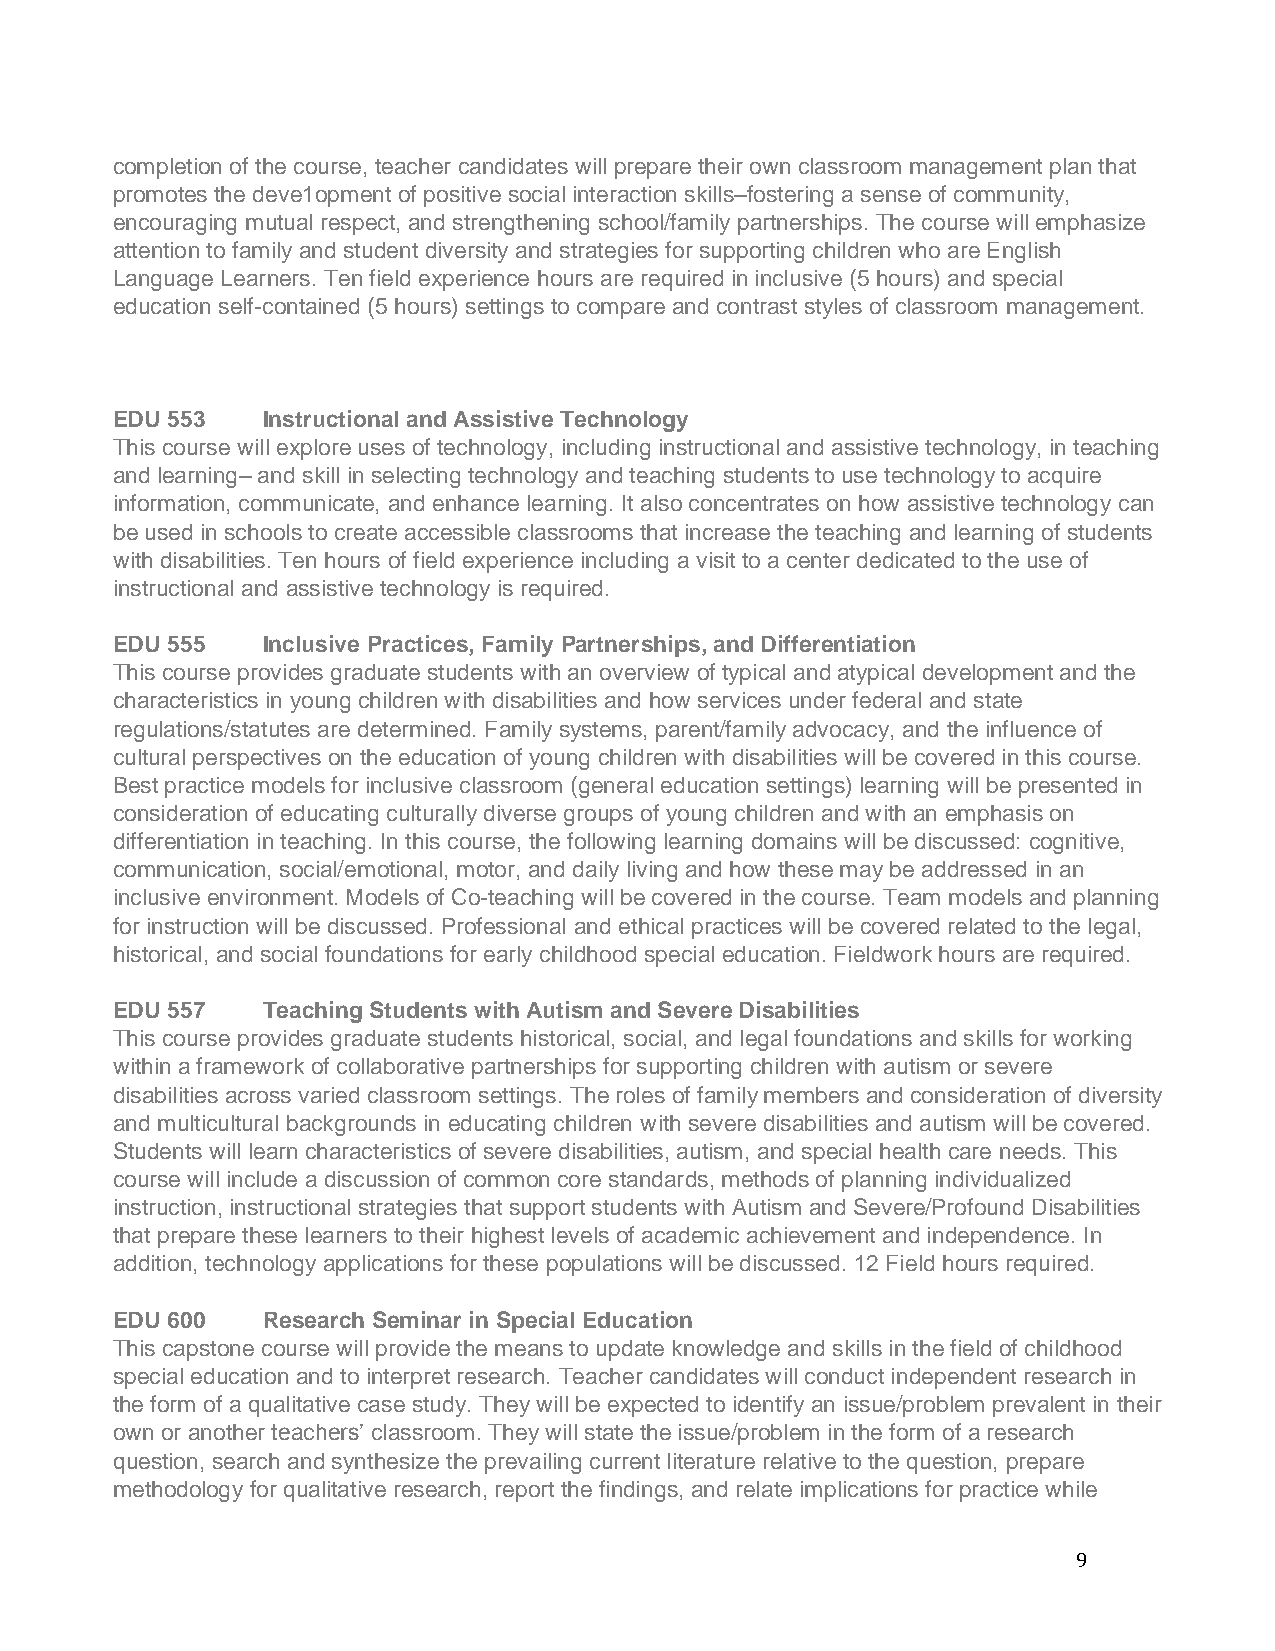
completion of the course, teacher candidates will prepare their own classroom management plan that
 promotes the deve1opment of positive social interaction skills–fostering a sense of community,
 encouraging mutual respect, and strengthening school/family partnerships. The course will emphasize
 attention to family and student diversity and strategies for supporting children who are English
 Language Learners. Ten field experience hours are required in inclusive (5 hours) and special
 education self-contained (5 hours) settings to compare and contrast styles of classroom management.
 EDU 553   Instructional and Assistive Technology
 This course will explore uses of technology, including instructional and assistive technology, in teaching
 and learning– and skill in selecting technology and teaching students to use technology to acquire
 information, communicate, and enhance learning. It also concentrates on how assistive technology can
 be used in schools to create accessible classrooms that increase the teaching and learning of students
 with disabilities. Ten hours of field experience including a visit to a center dedicated to the use of
 instructional and assistive technology is required.
 EDU 555   Inclusive Practices, Family Partnerships, and Differentiation
 This course provides graduate students with an overview of typical and atypical development and the
 characteristics in young children with disabilities and how services under federal and state
 regulations/statutes are determined. Family systems, parent/family advocacy, and the influence of
 cultural perspectives on the education of young children with disabilities will be covered in this course.
 Best practice models for inclusive classroom (general education settings) learning will be presented in
 consideration of educating culturally diverse groups of young children and with an emphasis on
 differentiation in teaching. In this course, the following learning domains will be discussed: cognitive,
 communication, social/emotional, motor, and daily living and how these may be addressed in an
 inclusive environment. Models of Co-teaching will be covered in the course. Team models and planning
 for instruction will be discussed. Professional and ethical practices will be covered related to the legal,
 historical, and social foundations for early childhood special education. Fieldwork hours are required.
 EDU 557   Teaching Students with Autism and Severe Disabilities
 This course provides graduate students historical, social, and legal foundations and skills for working
 within a framework of collaborative partnerships for supporting children with autism or severe
 disabilities across varied classroom settings. The roles of family members and consideration of diversity
 and multicultural backgrounds in educating children with severe disabilities and autism will be covered.
 Students will learn characteristics of severe disabilities, autism, and special health care needs. This
 course will include a discussion of common core standards, methods of planning individualized
 instruction, instructional strategies that support students with Autism and Severe/Profound Disabilities
 that prepare these learners to their highest levels of academic achievement and independence. In
 addition, technology applications for these populations will be discussed. 12 Field hours required.
 EDU 600   Research Seminar in Special Education
 This capstone course will provide the means to update knowledge and skills in the field of childhood
 special education and to interpret research. Teacher candidates will conduct independent research in
 the form of a qualitative case study. They will be expected to identify an issue/problem prevalent in their
 own or another teachers’ classroom. They will state the issue/problem in the form of a research
 question, search and synthesize the prevailing current literature relative to the question, prepare
 methodology for qualitative research, report the findings, and relate implications for practice while
 9